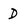
Character: D